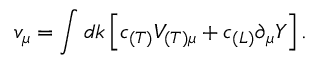
v _ { \mu } = \int d k \left[ c _ { ( T ) } V _ { ( T ) \mu } + c _ { ( L ) } \partial _ { \mu } Y \right] .